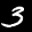
Digit: 3